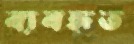
ব্যবহৃত